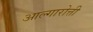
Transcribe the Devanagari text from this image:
आल्गारोत्ती